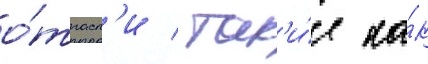
о́трасл'и / так'и́е ка́к